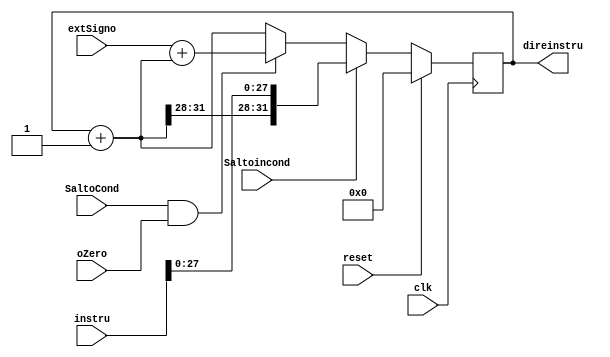
module pc_4(
    input  SaltoCond,
	input Saltoincond,
	input [31:0] extSigno, 
	input oZero,
    input clk,
    input reset,
	input [31:0]instru,
    output reg [31:0] direinstru
    );
	wire [31:0] sum2sum;
    wire [31:0] salSum2;
	wire FuentePC; 
	wire [31:0] sal2PC;
	wire [31:0] mux2mux;
    parameter init = 0;
    assign salSum2 =  extSigno + sum2sum;
    assign sum2sum = direinstru +1;
    assign sal2PC = (Saltoincond)? {sum2sum[31:28],instru[27:0]} : mux2mux;
    assign FuentePC = SaltoCond & oZero;
	assign mux2mux = FuentePC ? salSum2 : sum2sum;
    always @(posedge clk)
        begin
           if (reset==1)
                direinstru = 32'b0000_0000_0000_0000_0000_0000_0000_0000;
           else
                    direinstru = sal2PC;
        end
    endmodule